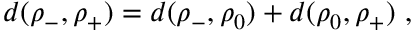
d ( \rho _ { - } , \rho _ { + } ) = d ( \rho _ { - } , \rho _ { 0 } ) + d ( \rho _ { 0 } , \rho _ { + } ) \ ,